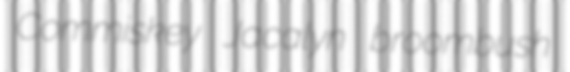
Commiskey Jacalyn broombush